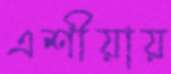
এশীয়ায়